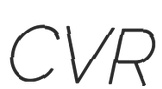
CVR